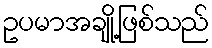
ဥပမာအချို့ဖြစ်သည်